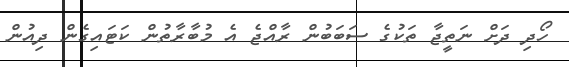
ހޯދި ދަށް ނަތީޖާ ތަކުގެ ސަބަބުން ރާއްޖެ އެ މުބާރާތުން ކަޓައިގެން ދިއުން